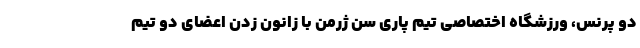
دو پرنس، ورزشگاه اختصاصی تیم پاری سن ژرمن با زانون زدن اعضای دو تیم